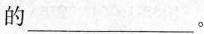
的___。